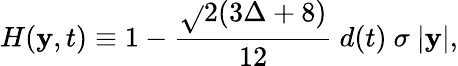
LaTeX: H(\mathbf{y},t)\equiv1-\frac{{\sqrt{}{{2}}(3\Delta+8)}}{{12}}\ d(t)\ \sigma\ |\mathbf{y}|,